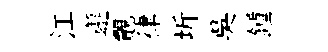
江邂覿律圻吴鍾